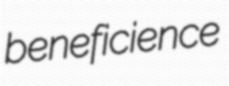
beneficience